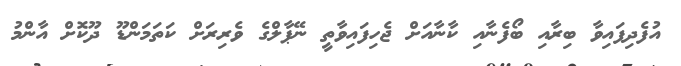
އުފެދިފައިވާ ބިރާއި ބޯފެނާއި ކާނާއަށް ޖެހިފައިވާތީ ނޭޕާލްގެ ވެރިރަށް ކަތަމަންޑޫ ދޫކޮށް އާންމު